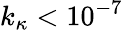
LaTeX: k_{\kappa}<10^{-7}